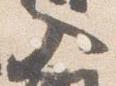
入